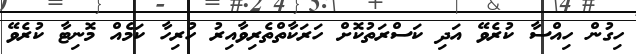
ހިގުން ހިއްސާ ކުރެވޭ އަދި ކަސްރަތުކޮށް ހަރަކާތްތެރިވާއިރު ހުރިހާ ކަމެއް މޮނިޓާ ކުރެވޭ